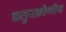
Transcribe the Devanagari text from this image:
चतुरकोणीय